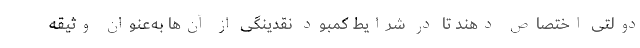
دولتی اختصاص دهند تا در شرایط کمبود نقدینگی از آن‌ها به‌عنوان وثیقه